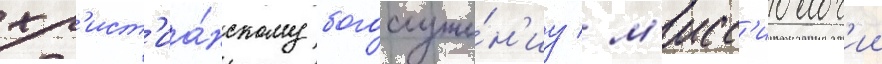
хр'ист'иа́нскому богослуже́н'иу / м'исс'иолог'ии